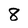
Character: 8